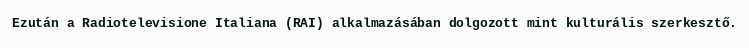
Ezután a Radiotelevisione Italiana (RAI) alkalmazásában dolgozott mint kulturális szerkesztő.